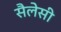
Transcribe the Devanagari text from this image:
सैलेसी